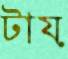
টায়